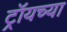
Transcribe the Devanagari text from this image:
ट्रॉयच्या